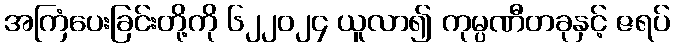
အကြံပေးခြင်းတို့ကို ၆၂၂၀၂၄ ယူလာ၍ ကုမ္ပဏီတခုနှင့် ဇရပ်